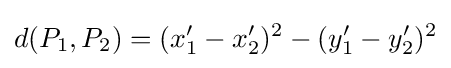
d(P_{1},P_{2})=(x'_{1}-x'_{2})^{2}-(y'_{1}-y'_{2})^{2}